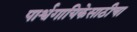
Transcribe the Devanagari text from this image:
पार्श्वगायिकेसाठीचा